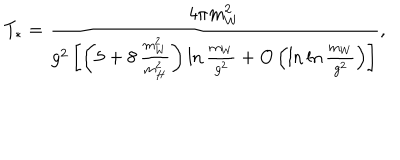
LaTeX: T _ { * } = \frac { 4 \pi m _ { W } ^ { 2 } } { g ^ { 2 } \left[ \left( 5 + 8 \, \frac { m _ { W } ^ { 2 } } { m _ { H } ^ { 2 } } \right) \ln \frac { m _ { W } } { g ^ { 2 } } + O \left( \ln \ln \frac { m _ { W } } { g ^ { 2 } } \right) \right] } ,